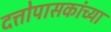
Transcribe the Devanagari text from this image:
दत्तोपासकांच्या